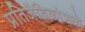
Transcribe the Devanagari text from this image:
प्रतिजैविकांमध्ये